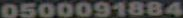
0500091884